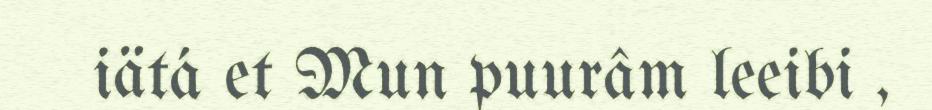
iätá et Mun puurâm leeibi ,